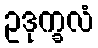
ဥဒုက္ခလံ